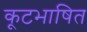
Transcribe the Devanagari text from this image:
कूटभाषित